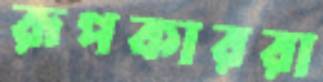
রূপকাররা